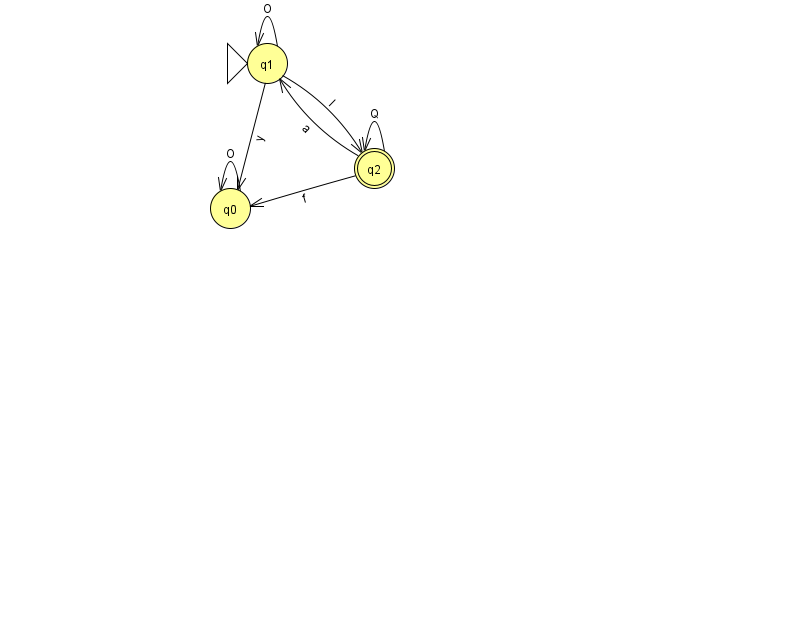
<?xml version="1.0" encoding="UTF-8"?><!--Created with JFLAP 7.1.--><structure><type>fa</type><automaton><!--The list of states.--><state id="0" name="q0"><x>230.0</x><y>195.0</y></state><state id="1" name="q1"><x>267.0</x><y>50.0</y><initial/></state><state id="2" name="q2"><x>374.0</x><y>155.0</y><final/></state><!--The list of transitions.--><transition><from>2</from><to>2</to><read>Q</read></transition><transition><from>1</from><to>0</to><read>y</read></transition><transition><from>1</from><to>2</to><read>I</read></transition><transition><from>2</from><to>0</to><read>f</read></transition><transition><from>2</from><to>1</to><read>a</read></transition><transition><from>0</from><to>0</to><read>O</read></transition><transition><from>1</from><to>1</to><read>O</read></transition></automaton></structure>